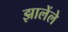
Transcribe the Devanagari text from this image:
झालेंले